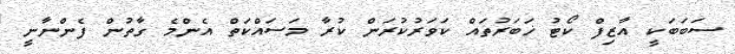
ސަބަބަކީ އާޒިފް ކޯޓު ޚަބަރުތައް ކަވަރުކުރަން ކުރާ މަސައްކަތް އެންމެ ގާތުން ފެންނާނީ